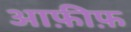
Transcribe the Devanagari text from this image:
आफ़ीफ़